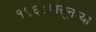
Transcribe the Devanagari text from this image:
१९६८पासूनच्या